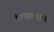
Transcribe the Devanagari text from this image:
भाषाबदल